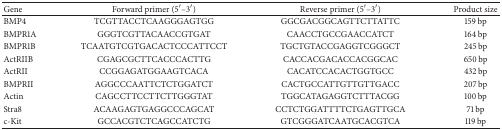
<table><thead><tr><td><b>Gene</b></td><td><b>Forward primer (5′–3′)</b></td><td><b>Reverse primer (5′–3′)</b></td><td><b>Product size</b></td></tr></thead><tbody><tr><td>BMP4</td><td>TCGTTACCTCAAGGGAGTGG</td><td>GGCGACGGCAGTTCTTATTC</td><td>159 bp</td></tr><tr><td>BMPR1A</td><td>GGGTCGTTACAACCGTGAT</td><td>CAACCTGCCGAACCATCT</td><td>164 bp</td></tr><tr><td>BMPR1B</td><td>TCAATGTCGTGACACTCCCATTCCT</td><td>TGCTGTACCGAGGTCGGGCT</td><td>245 bp</td></tr><tr><td>ActRIIB</td><td>CGAGCGCTTCACCCACTTG</td><td>CACCACGACACCACGGCAC</td><td>650 bp</td></tr><tr><td>ActRII</td><td>CCGGAGATGGAAGTCACA</td><td>CACATCCACACTGGTGCC</td><td>432 bp</td></tr><tr><td>BMPRII</td><td>AGGCCCAATTCTCTGGATCT</td><td>CACTGCCATTGTTGTTGACC</td><td>207 bp</td></tr><tr><td>Actin</td><td>CAGCCTTCCTTCTTGGGTAT</td><td>TGGCATAGAGGTCTTTACGG</td><td>100 bp</td></tr><tr><td>Stra8</td><td>ACAAGAGTGAGGCCCAGCAT</td><td>CCTCTGGATTTTCTGAGTTGCA</td><td>71 bp</td></tr><tr><td>c-Kit</td><td>GCCACGTCTCAGCCATCTG</td><td>GTCGGGATCAATGCACGTCA</td><td>119 bp</td></tr></tbody></table>